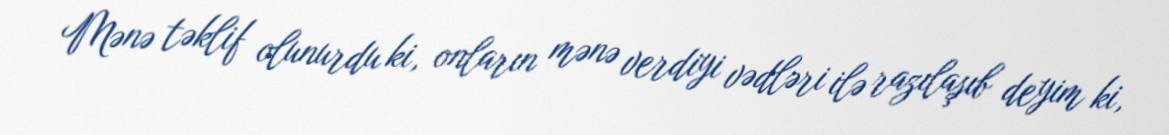
Mənə təklif olunurdu ki, onların mənə verdiyi vədləri ilə razılaşıb deyim ki,